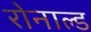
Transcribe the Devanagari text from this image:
रोनाल्‍ड